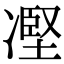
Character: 𠗻